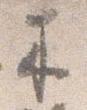
来